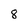
Character: 8